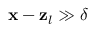
\mathbf { x } - \mathbf { z } _ { l } \gg \delta